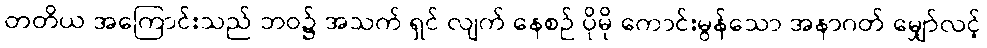
တတိယ အကြောင်းသည် ဘဝ၌ အသက် ရှင် လျက် နေစဉ် ပိုမို ကောင်းမွန်သော အနာဂတ် မျှော်လင့်